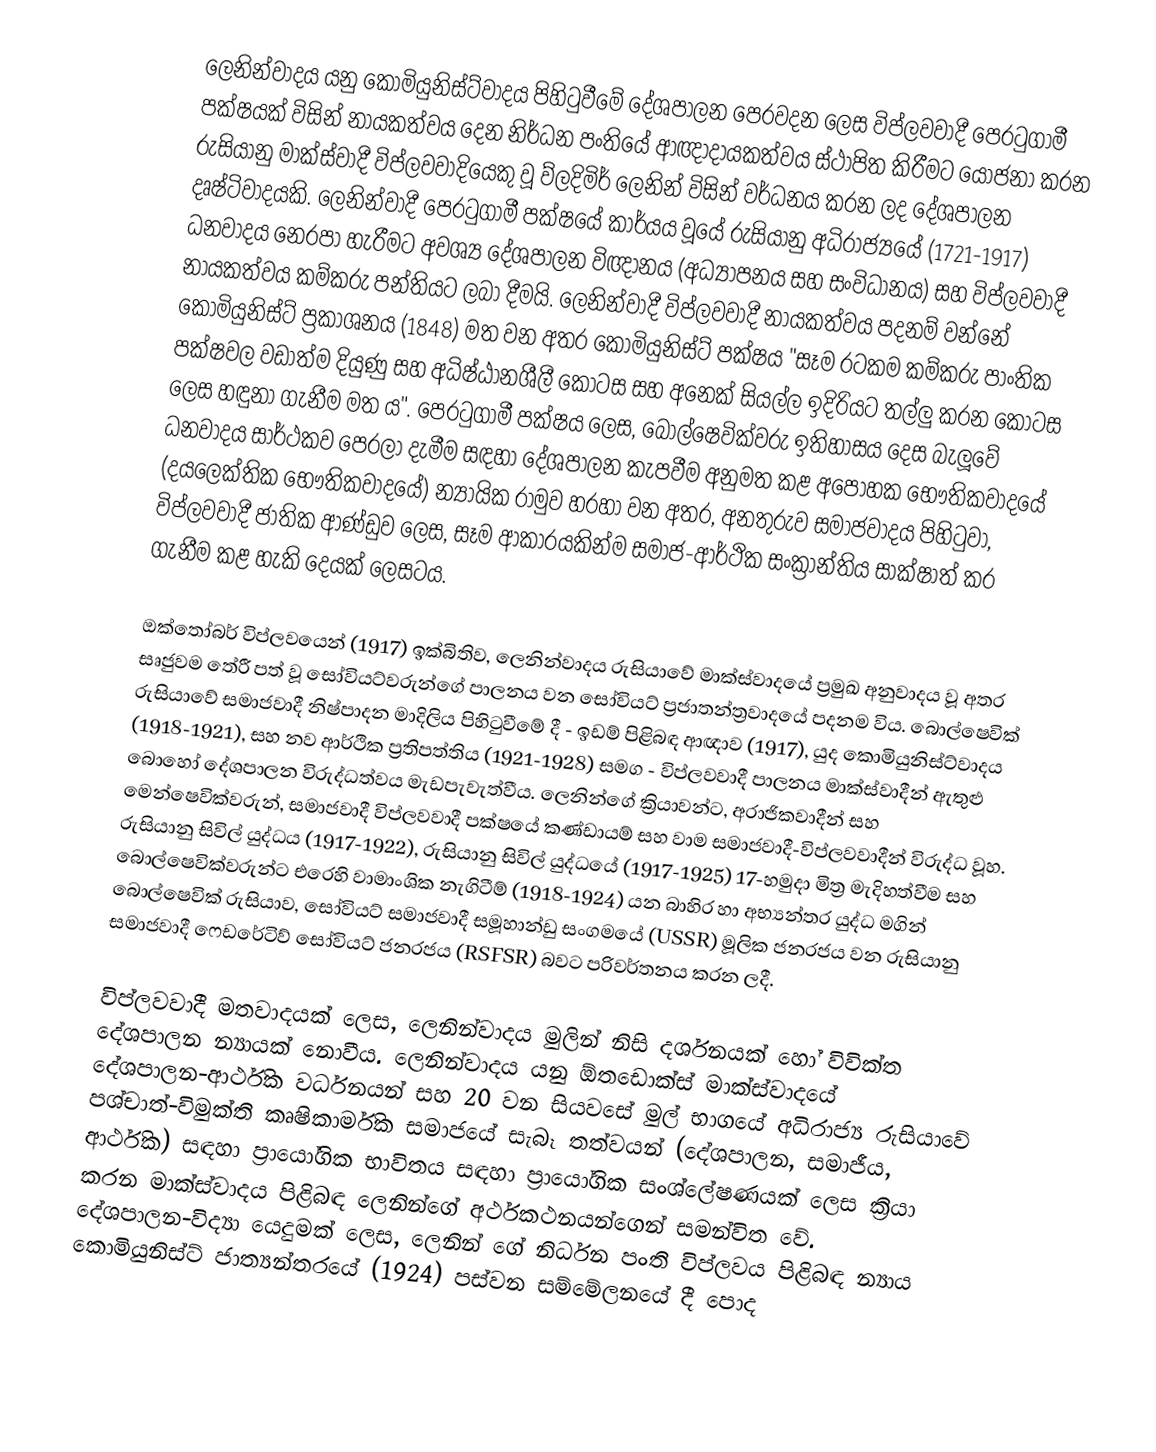
ලෙනින්වාදය යනු කොමියුනිස්ට්වාදය පිහිටුවීමේ දේශපාලන පෙරවදන ලෙස විප්ලවවාදී පෙරටුගාමී පක්ෂයක් විසින් නායකත්වය දෙන නිර්ධන පංතියේ ආඥාදායකත්වය ස්ථාපිත කිරීමට යෝජනා කරන රුසියානු මාක්ස්වාදී විප්ලවවාදියෙකු වූ ව්ලදිමිර් ලෙනින් විසින් වර්ධනය කරන ලද දේශපාලන දෘෂ්ටිවාදයකි. ලෙනින්වාදී පෙරටුගාමී පක්ෂයේ කාර්යය වූයේ රුසියානු අධිරාජ්‍යයේ (1721-1917) ධනවාදය නෙරපා හැරීමට අවශ්‍ය දේශපාලන විඥානය (අධ්‍යාපනය සහ සංවිධානය) සහ විප්ලවවාදී නායකත්වය කම්කරු පන්තියට ලබා දීමයි. ලෙනින්වාදී විප්ලවවාදී නායකත්වය පදනම් වන්නේ කොමියුනිස්ට් ප්‍රකාශනය (1848) මත වන අතර කොමියුනිස්ට් පක්ෂය "සෑම රටකම කම්කරු පාංතික පක්ෂවල වඩාත්ම දියුණු සහ අධිෂ්ඨානශීලී කොටස සහ අනෙක් සියල්ල ඉදිරියට තල්ලු කරන කොටස ලෙස හඳුනා ගැනීම මත ය". පෙරටුගාමී පක්ෂය ලෙස, බොල්ෂෙවික්වරු ඉතිහාසය දෙස බැලූවේ ධනවාදය සාර්ථකව පෙරලා දැමීම සඳහා දේශපාලන කැපවීම අනුමත කළ අපෝහක භෞතිකවාදයේ (දයලෙක්තික භෞතිකවාදයේ) න්‍යායික රාමුව හරහා වන අතර, අනතුරුව සමාජවාදය පිහිටුවා, විප්ලවවාදී ජාතික ආණ්ඩුව ලෙස, සෑම ආකාරයකින්ම සමාජ-ආර්ථික සංක්‍රාන්තිය සාක්ෂාත් කර ගැනීම කළ හැකි දෙයක් ලෙසටය.

ඔක්තෝබර් විප්ලවයෙන් (1917) ඉක්බිතිව, ලෙනින්වාදය රුසියාවේ මාක්ස්වාදයේ ප්‍රමුඛ අනුවාදය වූ අතර සෘජුවම තේරී පත් වූ සෝවියට්වරුන්ගේ පාලනය වන සෝවියට් ප්‍රජාතන්ත්‍රවාදයේ පදනම විය. බොල්ෂෙවික් රුසියාවේ සමාජවාදී නිෂ්පාදන මාදිලිය පිහිටුවීමේ දී - ඉඩම් පිළිබඳ ආඥාව (1917), යුද කොමියුනිස්ට්වාදය (1918-1921), සහ නව ආර්ථික ප්‍රතිපත්තිය (1921-1928) සමග - විප්ලවවාදී පාලනය මාක්ස්වාදීන් ඇතුළු බොහෝ දේශපාලන විරුද්ධත්වය මැඩපැවැත්වීය. ලෙනින්ගේ ක්‍රියාවන්ට, අරාජිකවාදීන් සහ මෙන්ෂෙවික්වරුන්, සමාජවාදී විප්ලවවාදී පක්ෂයේ කණ්ඩායම් සහ වාම සමාජවාදී-විප්ලවවාදීන් විරුද්ධ වූහ. රුසියානු සිවිල් යුද්ධය (1917-1922), රුසියානු සිවිල් යුද්ධයේ (1917-1925) 17-හමුදා මිත්‍ර මැදිහත්වීම සහ බොල්ෂෙවික්වරුන්ට එරෙහි වාමාංශික නැගිටීම් (1918-1924)  යන බාහිර හා අභ්‍යන්තර යුද්ධ මගින් බොල්ෂෙවික් රුසියාව, සෝවියට් සමාජවාදී සමූහාන්ඩු සංගමයේ (USSR) මූලික ජනරජය වන රුසියානු සමාජවාදී ෆෙඩරේටිව් සෝවියට් ජනරජය (RSFSR) බවට පරිවර්තනය කරන ලදී.

විප්ලවවාදී මතවාදයක් ලෙස, ලෙනින්වාදය මුලින් නිසි දර්ශනයක් හෝ විවික්ත දේශපාලන න්‍යායක් නොවීය. ලෙනින්වාදය යනු ඕතඩොක්ස් මාක්ස්වාදයේ දේශපාලන-ආර්ථික වර්ධනයන් සහ 20 වන සියවසේ මුල් භාගයේ අධිරාජ්‍ය රුසියාවේ පශ්චාත්-විමුක්ති කෘෂිකාර්මික සමාජයේ සැබෑ තත්වයන් (දේශපාලන, සමාජීය, ආර්ථික) සඳහා ප්‍රායෝගික භාවිතය සඳහා ප්‍රායෝගික සංශ්ලේෂණයක් ලෙස ක්‍රියා කරන මාක්ස්වාදය පිළිබඳ ලෙනින්ගේ අර්ථකථනයන්ගෙන් සමන්විත වේ. දේශපාලන-විද්‍යා යෙදුමක් ලෙස, ලෙනින් ගේ නිර්ධන පංති විප්ලවය පිළිබඳ න්‍යාය කොමියුනිස්ට් ජාත්‍යන්තරයේ (1924) පස්වන සම්මේලනයේ දී පොද